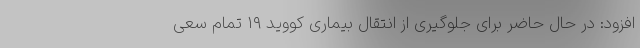
افزود: در حال حاضر برای جلوگیری از انتقال بیماری کووید ۱۹ تمام سعی